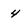
Character: 4